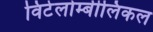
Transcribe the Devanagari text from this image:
विटेलोम्बीलिकल